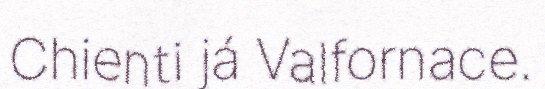
Chienti já Valfornace.